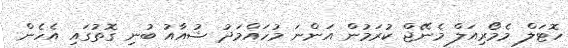
ހޮޓަލް މެމޯރިއަލް މެނޭޖް ކުރަމުން އަންނަ މުހައްމަދު ޝުއާއު ބުނި ގޮތުގައި އެހެން